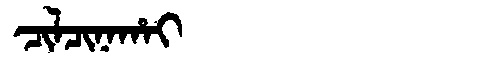
Manchu: ᠴᡳᠯᠴᡳᠨᠠᡥᠠᡳ
Romanization: CILCINAHAI